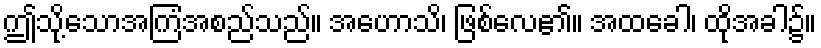
ဤသို့သောအကြံအစည်သည်။ အဟောသိ၊ ဖြစ်လေ၏။ အထခေါ၊ ထိုအခါ၌။